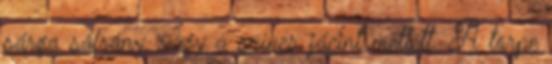
sárga sáfrány, vagy a színes jácint mellett. A törpe